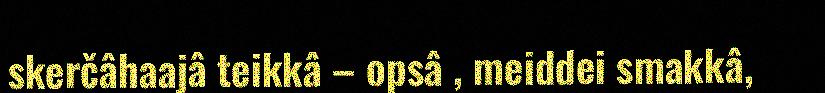
skerčâhaajâ teikkâ – opsâ , meiddei smakkâ,